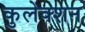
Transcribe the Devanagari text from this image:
कुलेक्शन